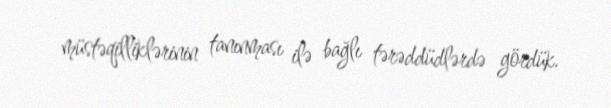
müstəqilliklərinin tanınması ilə bağlı tərəddüdlərdə gördük.